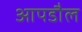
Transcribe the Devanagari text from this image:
आपडौल